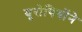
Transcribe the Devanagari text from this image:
यूरोपियोंने